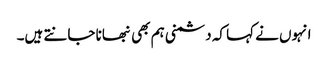
انہوں نے کہا کہ دشمنی ہم بھی نبھانا جانتے ہیں۔